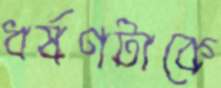
ধর্ষণটাকে